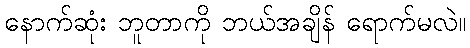
နောက်ဆုံး ဘူတာကို ဘယ်အချိန် ရောက်မလဲ။